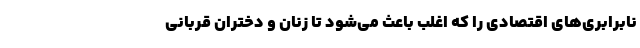
نابرابری‌های اقتصادی را که اغلب باعث می‌شود تا زنان و دختران قربانی